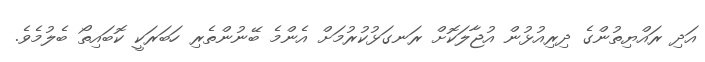
އަދި ރައްޔިތުންގެ ދިރިއުޅުން އުޖާލަކޮށް ރަނގަޅުކުރުމަށް އެންމެ ބޭނުންތެރި ހަބަރަކީ ކޮބައިތޯ ބެލުމެވެ.